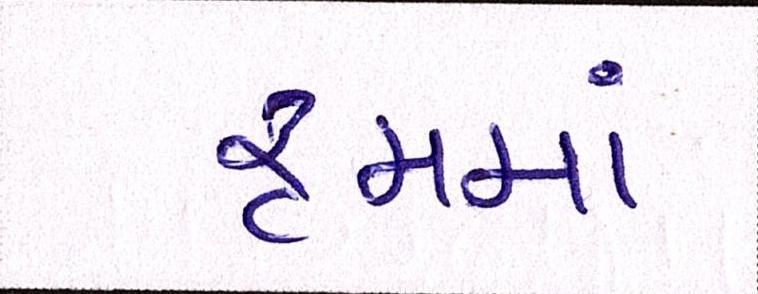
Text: રૃમમાં